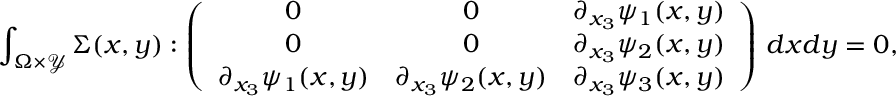
\int _ { \Omega \times \mathcal { Y } } \Sigma ( x , y ) : \left( \begin{array} { c c c } { 0 } & { 0 } & { \partial _ { x _ { 3 } } \psi _ { 1 } ( x , y ) } \\ { 0 } & { 0 } & { \partial _ { x _ { 3 } } \psi _ { 2 } ( x , y ) } \\ { \partial _ { x _ { 3 } } \psi _ { 1 } ( x , y ) } & { \partial _ { x _ { 3 } } \psi _ { 2 } ( x , y ) } & { \partial _ { x _ { 3 } } \psi _ { 3 } ( x , y ) } \end{array} \right) \, d x d y = 0 ,